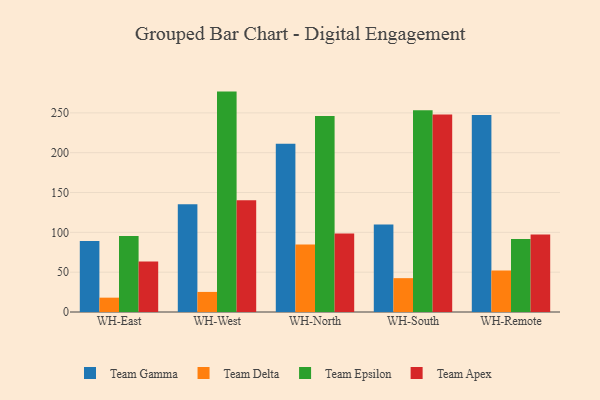
{"axis": {"x": "Warehouse", "y": "Demand Index"}, "legend": ["Team Apex", "Team Delta", "Team Epsilon", "Team Gamma"], "data": [{"x": "WH-East", "y": 89.0, "type": "Team Gamma"}, {"x": "WH-East", "y": 18.0, "type": "Team Delta"}, {"x": "WH-East", "y": 95.5, "type": "Team Epsilon"}, {"x": "WH-East", "y": 63.3, "type": "Team Apex"}, {"x": "WH-West", "y": 135.2, "type": "Team Gamma"}, {"x": "WH-West", "y": 25.2, "type": "Team Delta"}, {"x": "WH-West", "y": 276.7, "type": "Team Epsilon"}, {"x": "WH-West", "y": 140.3, "type": "Team Apex"}, {"x": "WH-North", "y": 211.3, "type": "Team Gamma"}, {"x": "WH-North", "y": 84.8, "type": "Team Delta"}, {"x": "WH-North", "y": 246.1, "type": "Team Epsilon"}, {"x": "WH-North", "y": 98.5, "type": "Team Apex"}, {"x": "WH-South", "y": 109.9, "type": "Team Gamma"}, {"x": "WH-South", "y": 42.5, "type": "Team Delta"}, {"x": "WH-South", "y": 253.4, "type": "Team Epsilon"}, {"x": "WH-South", "y": 247.9, "type": "Team Apex"}, {"x": "WH-Remote", "y": 247.3, "type": "Team Gamma"}, {"x": "WH-Remote", "y": 52.1, "type": "Team Delta"}, {"x": "WH-Remote", "y": 91.5, "type": "Team Epsilon"}, {"x": "WH-Remote", "y": 97.2, "type": "Team Apex"}]}